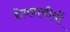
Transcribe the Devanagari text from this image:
शेयबानीयों